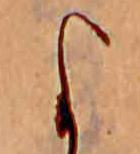
よ